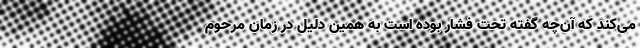
می‌کند که آن‌چه گفته تحت فشار بوده است به همین دلیل در زمان مرحوم